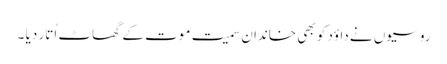
روسیوں نے داؤد کو بھی خاندان سمیت موت کے گھاٹ اُتار دیا ۔